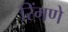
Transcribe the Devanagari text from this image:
रिंगणे